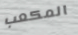
المكعب